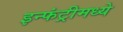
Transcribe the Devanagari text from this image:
इन्फंट्रीमध्ये